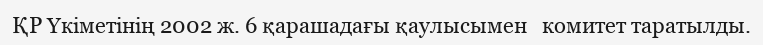
ҚР Үкіметінің 2002 ж. 6 қарашадағы қаулысымен   комитет таратылды.